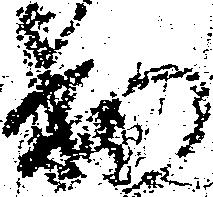
出